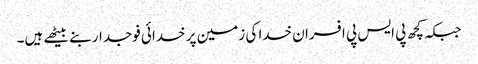
جبکہ کچھ پی ایس پی افسران خدا کی زمین پر خدائی فوجدار بنے بیٹھے ہیں۔